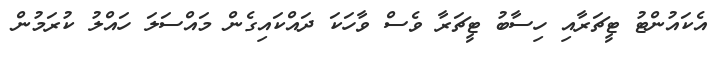
އެކައުންޓު ޓީޗަރާއި ހިސާބު ޓީޗަރާ ވެސް ވާހަކަ ދައްކައިގެން މައްސަލަ ހައްލު ކުރަމުން